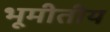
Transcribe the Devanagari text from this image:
भूमीतीय